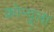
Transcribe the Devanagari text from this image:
क्रोन्यूला